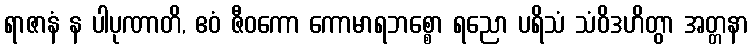
ရာဇာနံ န ပါပုဏာတိ, ဧဝံ ဇီဝကော ကောမာရဘစ္စော ရညော ပရိသံ သံဝိဒဟိတွာ အတ္တနာ